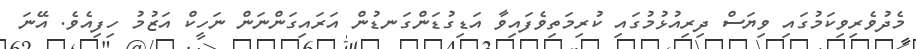
މެދުވެރިވިކަމުގައި ވިޔަސް ދިރިއުޅުމުގައި ކުރިމަތިވެފައިވާ އަޑިގުޑަންގަނޑުން އަރައިގަންނަން ނަހީކް އަޒުމު ހިފިއެވެ. އޭނަ